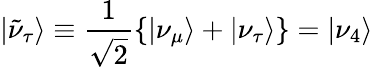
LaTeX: \vert\tilde{\nu}_{\tau}\rangle\equiv{\frac{1}{\sqrt{2}}}{\left\{ \vert\nu_{\mu}\rangle+\vert\nu_{\tau}\rangle\right\} }=\vert\nu_{4}\rangle